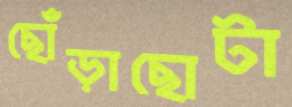
ছোঁড়াছোটা